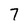
Character: 7